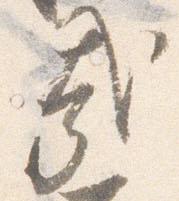
哉